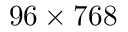
9 6 \times 7 6 8